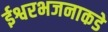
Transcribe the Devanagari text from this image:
ईश्वरभजनाकडे